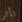
تأثر